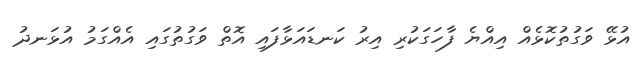
އުޅޭ ވަގުތުކޮޅެއް އިއްޔެ ފާހަގަކުރި އިރު ކަނޑައަޅާފައި އޮތް ވަގުތުގައި އެއްގަމު އުޅަނދު